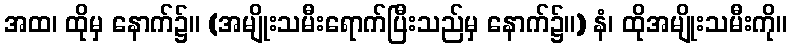
အထ၊ ထိုမှ နောက်၌။ (အမျိုးသမီးရောက်ပြီးသည်မှ နောက်၌။) နံ၊ ထိုအမျိုးသမီးကို။